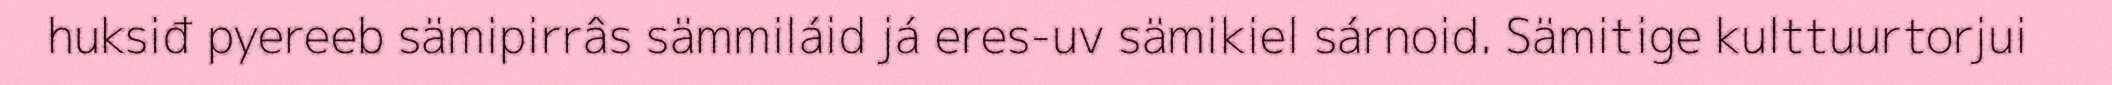
huksiđ pyereeb sämipirrâs sämmiláid já eres-uv sämikiel sárnoid. Sämitige kulttuurtorjui